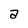
Character: a